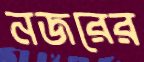
নজরের